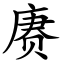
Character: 赓